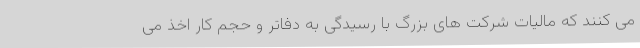
می کنند که مالیات شرکت های بزرگ با رسیدگی به دفاتر و حجم کار اخذ می